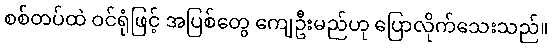
စစ်တပ်ထဲ ဝင်ရုံဖြင့် အပြစ်တွေ ကျေဦးမည်ဟု ပြောလိုက်သေးသည်။